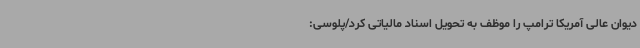
دیوان عالی آمریکا ترامپ را موظف به تحویل اسناد مالیاتی کرد/پلوسی: